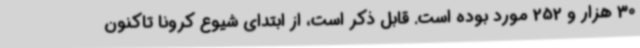
30 هزار و 252 مورد بوده است. قابل ذکر است، از ابتدای شیوع کرونا تاکنون